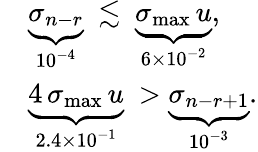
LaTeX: \begin{array}{rl}&{\underbrace{\sigma_{n-r}}_{10^{-4}}\ \lesssim\ \underbrace{\sigma_{\operatorname*{max}}\, u}_{6\times 10^{-2}},}\\ &{\underbrace{4\, \sigma_{\operatorname*{max}}\, u}_{2.4\times 10^{-1}}\ >\underbrace{\sigma_{n-r+1}}_{10^{-3}}.}\end{array}